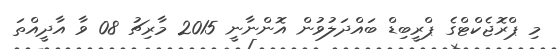
މި ޕްރޮޖެކްޓްގެ ޕްރީބިޑް ބައްދަލުވުން އޮންނާނީ 2015 މާރިޗު 08 ވާ އާދީއްތަ